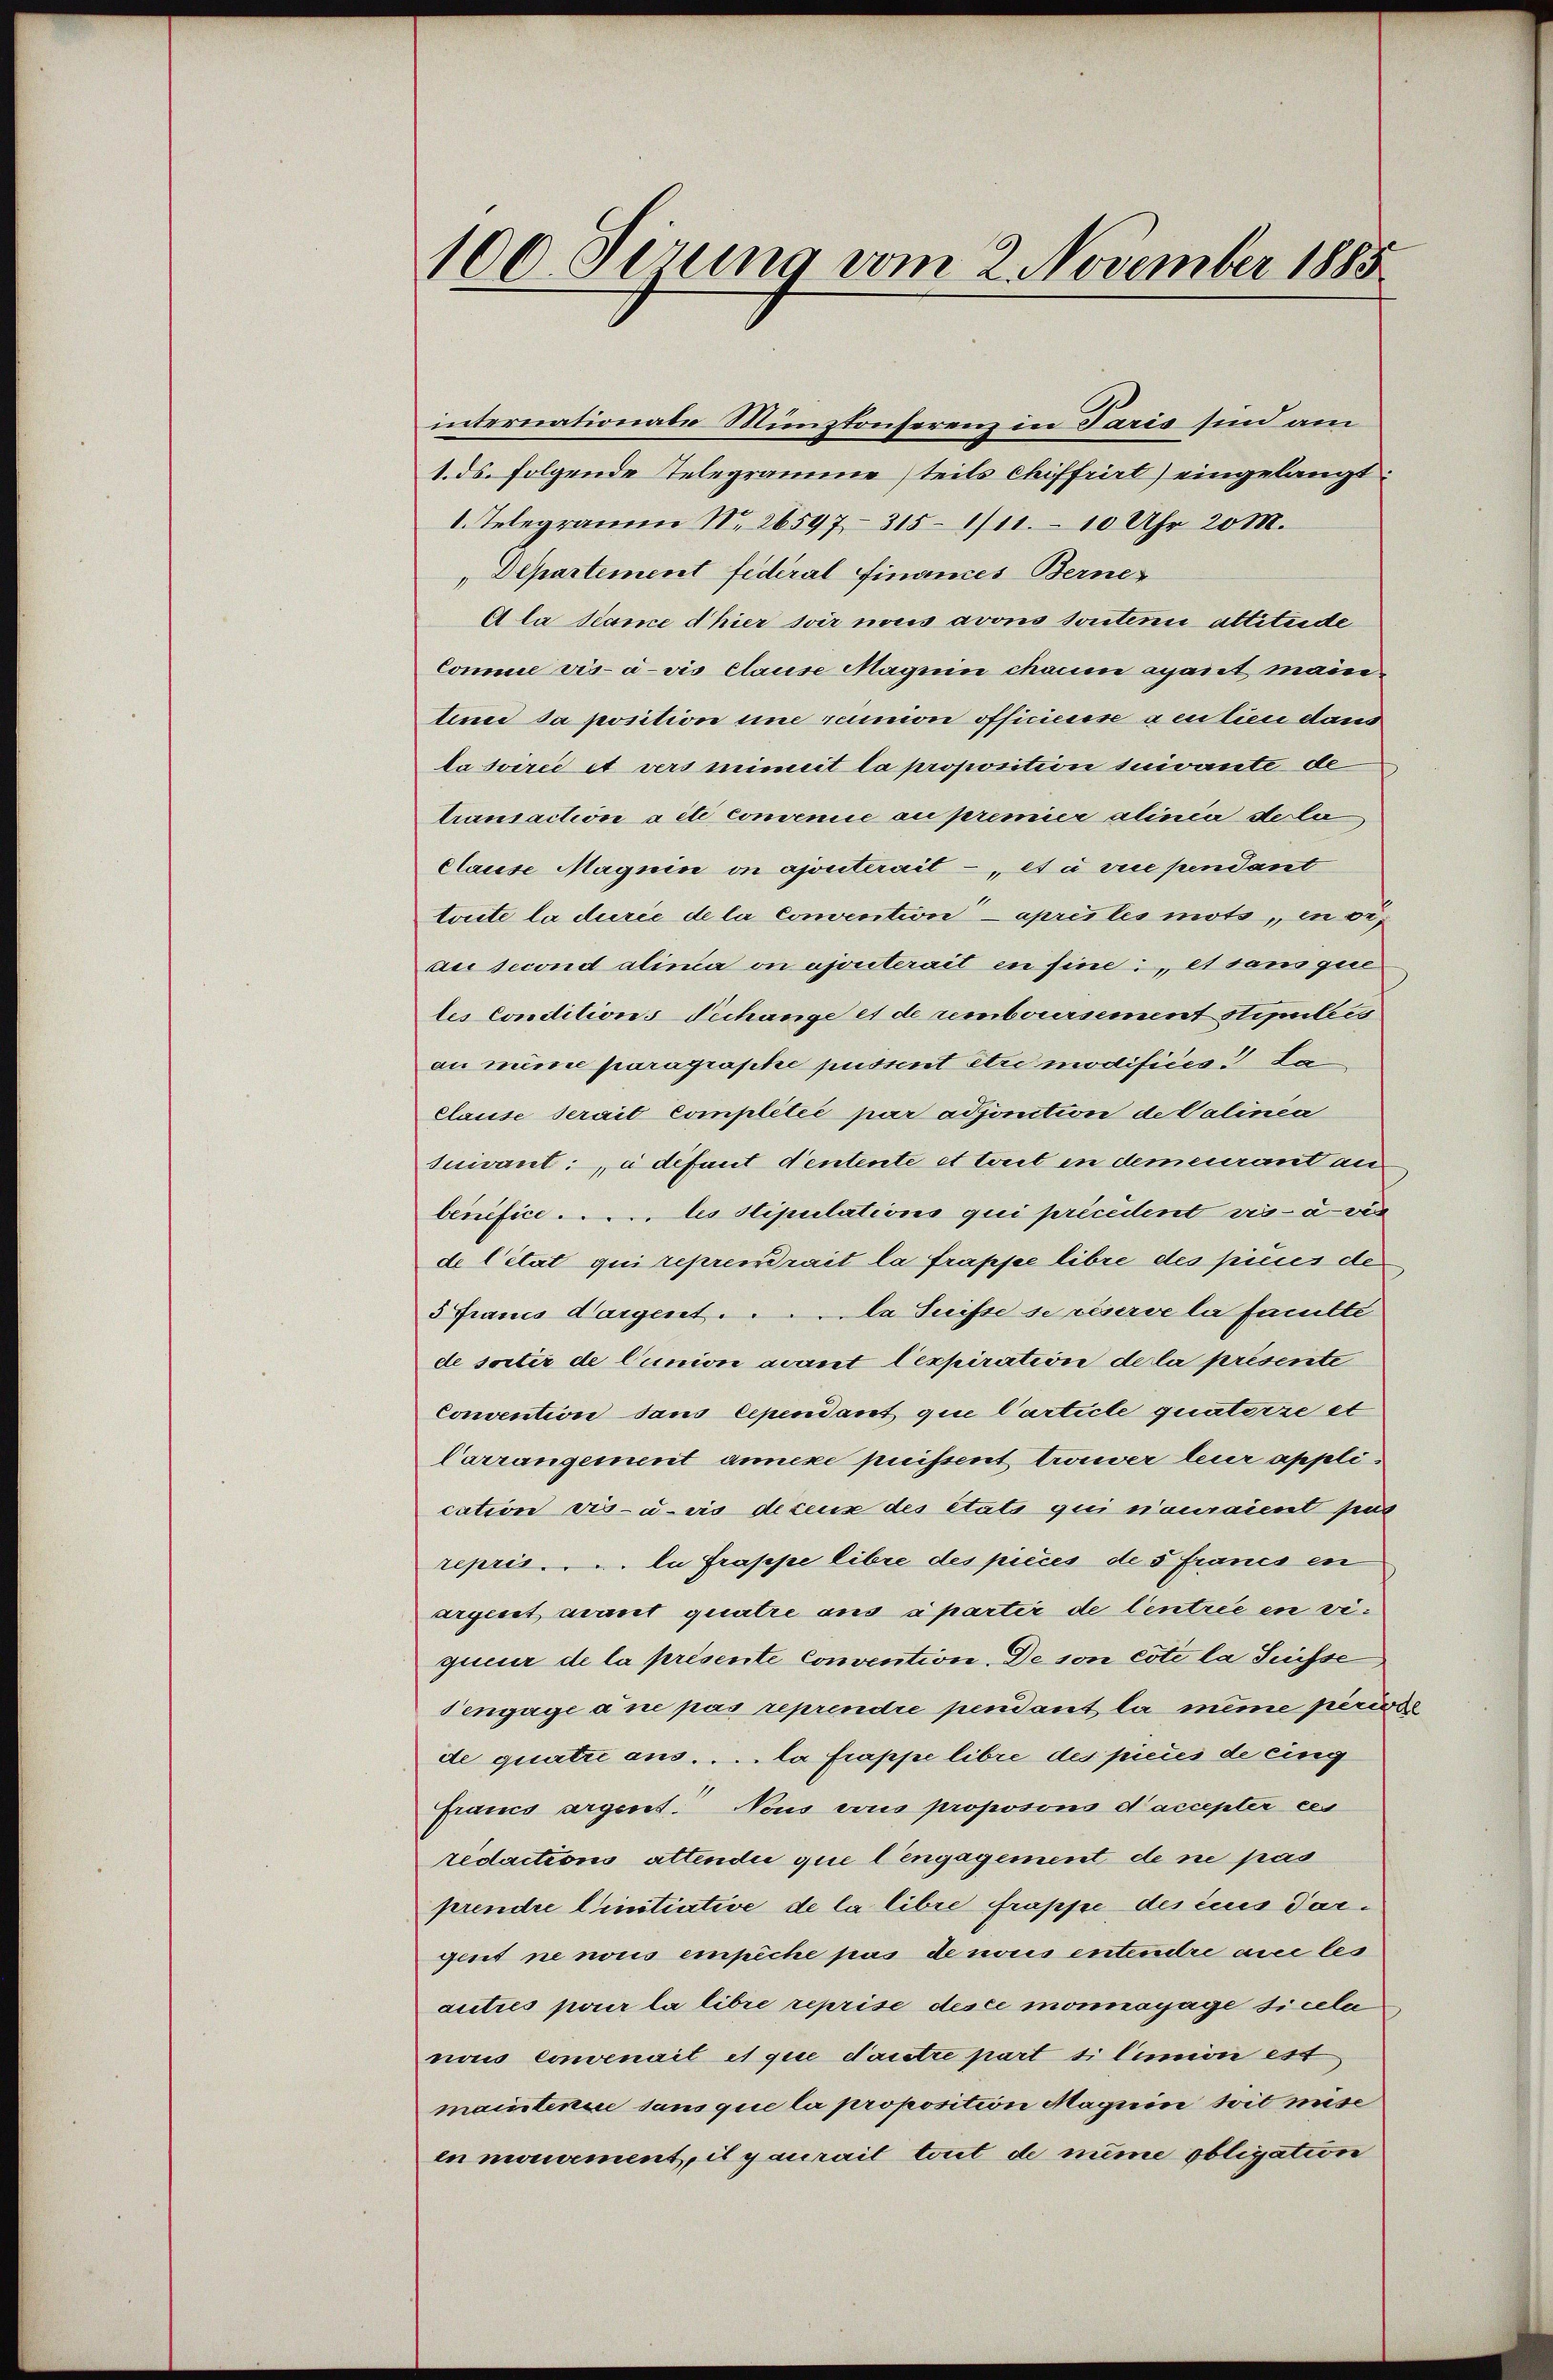
100. Sirung vom 2. November 1885

internationale Münztonserenz in Paris sind am
1. ds. folgende Telegramme teils chiffrirt) eingelangt:
1. Telegramm No. 26597 - 315–1/11 – 10 Uhr 20 M.
Departement Federal Finances Berne¬
A la same d hier wir noces avons touten altitende
Comme vis-à-vis Clause Magnin chaum apanet, main
lence da position und ruunion officierse a entien dans
lasvirée et vers mineit la proposition suivante de
transaction a été convenie au premier alinie de la
Clause Magnie on ajouterait - et à vice pendant
toute la durée de la convention après les mots, in de
au second alima on ajouterait in sine, et sans que
les Conditions Techange et de remboursement stipulées
au mine paragraphe passent être modifices da
clause serait completić par adjonition de Valinea
suivant à défunt Ventente et treit in demeurant anbenifice ..... les stipulations qui précédent vis-à-vis
de l’état qui reprendrait la frappe libre des pieces de
5 Francs dargent . . . . la Suisse se réserve la familte
de sortir de l’union avant lexpiration de la présente
Convention sans cependant que l’article quatorzeit
Carrangement annexe puissent trouver leur application vis-à-vis decens des états qui n’auraient pas
repris - u. li frappe libre des pièces de 5 Francs en
argent mant quatre aus sparter de Centrée en viquier de la présente Convention. De son cote la Suisse
Tengage a ne pas reprendre pendant la même privi
de quatri aus . . . . la frappe libre des pieces de eing
Francs argent. Vous aus proposons d’accepter ces
redactions attendii que l’engagement de ne pas
prendre linitiative de la libre frappe des ius dargent ne nous empêche pas de nous entendre aus les
autres pour la libre reprise desce morayage sicele
nous convenait et que dautre part ti limion est,
maintenue sans que la proposition Maguin soit misc
en mouvement, il y aurait tout de nime obligation